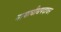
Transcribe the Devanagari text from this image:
नायाधीधपदावर